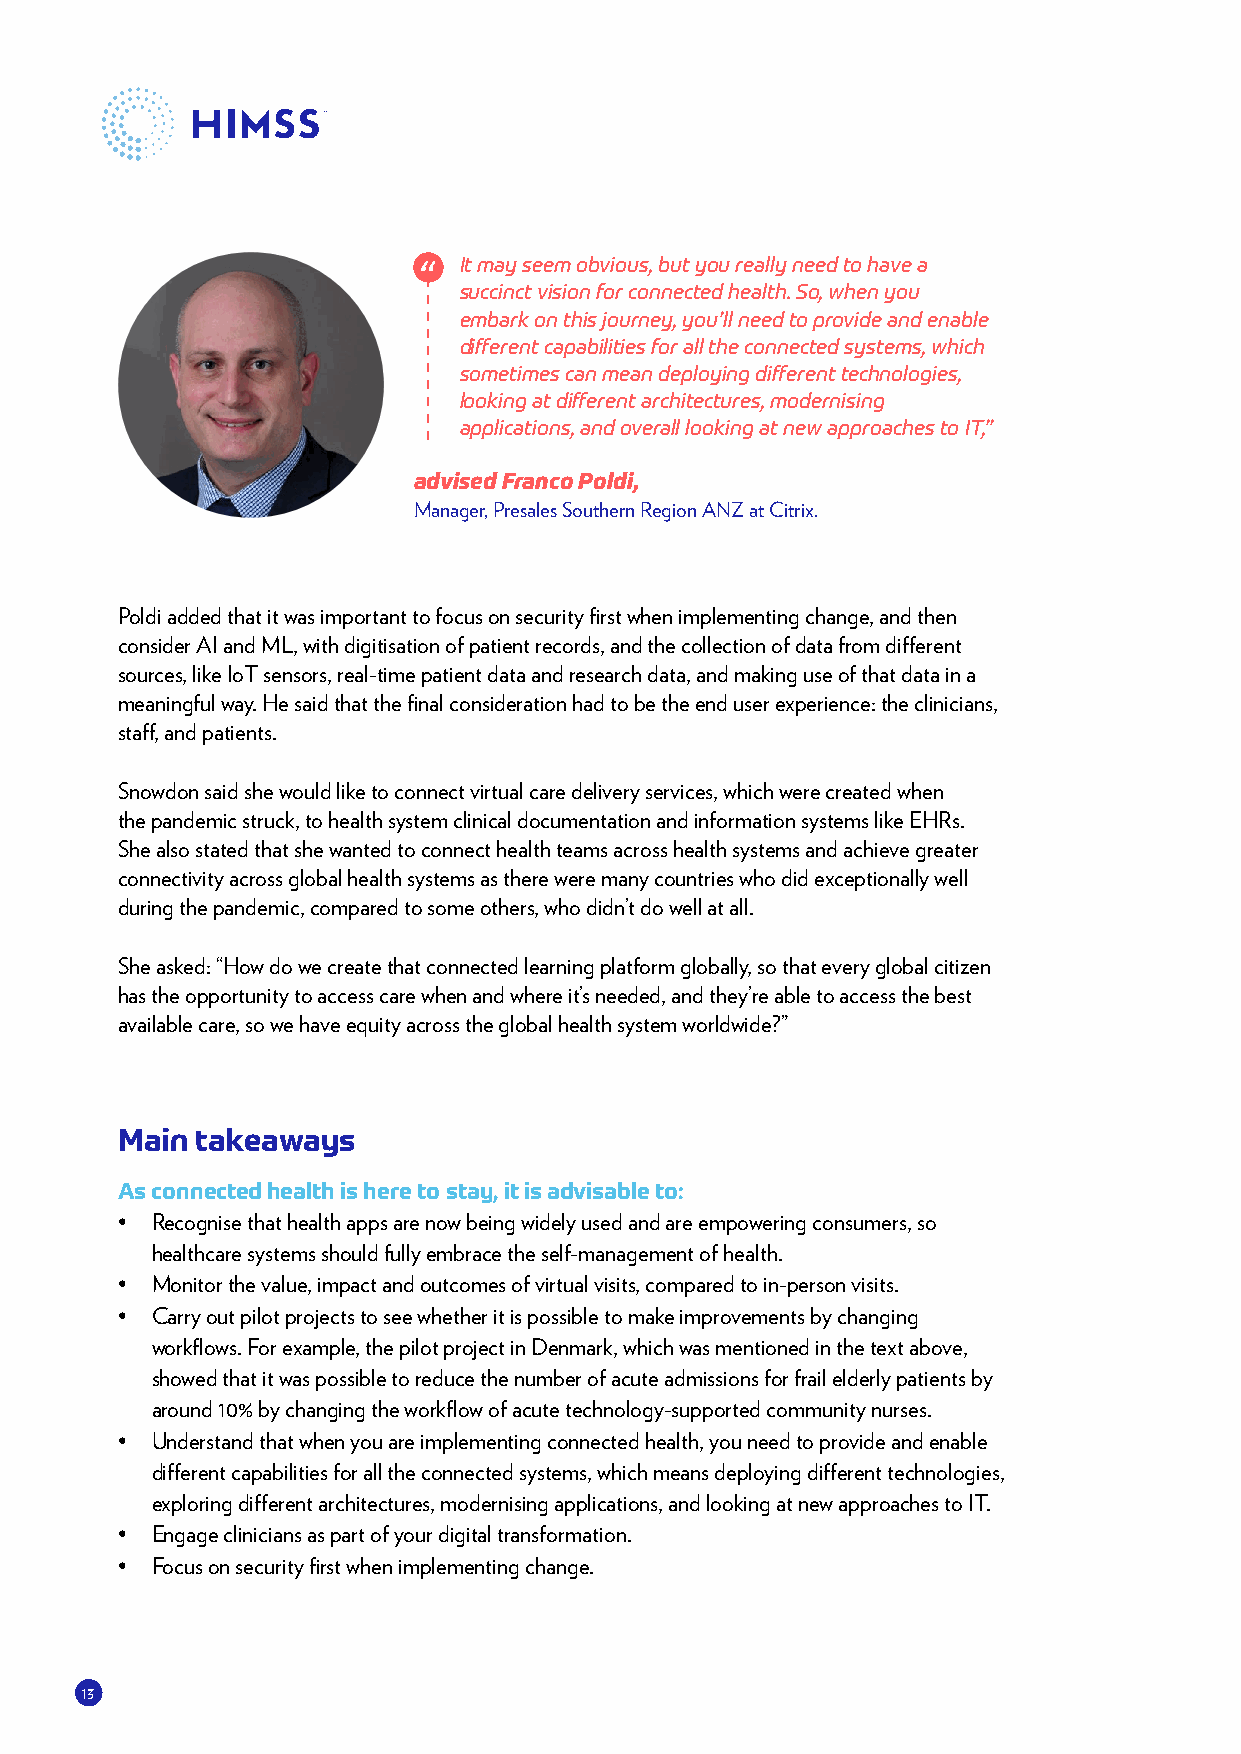
It may seem obvious, but you really need to have a
 succinct vision for connected health. So, when you
 embark on this journey, you’ll need to provide and enable
 different capabilities for all the connected systems, which
 sometimes can mean deploying different technologies,
 looking at different architectures, modernising
 applications, and overall looking at new approaches to IT,”
 advised Franco Poldi,
 Manager, Presales Southern Region ANZ at Citrix.
 Poldi added that it was important to focus on security first when implementing change, and then
 consider AI and ML, with digitisation of patient records, and the collection of data from different
 sources, like IoT sensors, real-time patient data and research data, and making use of that data in a
 meaningful way. He said that the final consideration had to be the end user experience: the clinicians,
 staff, and patients.
 Snowdon said she would like to connect virtual care delivery services, which were created when
 the pandemic struck, to health system clinical documentation and information systems like EHRs.
 She also stated that she wanted to connect health teams across health systems and achieve greater
 connectivity across global health systems as there were many countries who did exceptionally well
 during the pandemic, compared to some others, who didn’t do well at all.
 She asked: “How do we create that connected learning platform globally, so that every global citizen
 has the opportunity to access care when and where it’s needed, and they’re able to access the best
 available care, so we have equity across the global health system worldwide?”
 Main takeaways
 As connected health is here to stay, it is advisable to:
 • Recognise that health apps are now being widely used and are empowering consumers, so
 healthcare systems should fully embrace the self-management of health.
 • Monitor the value, impact and outcomes of virtual visits, compared to in-person visits.
 • Carry out pilot projects to see whether it is possible to make improvements by changing
 workflows. For example, the pilot project in Denmark, which was mentioned in the text above,
 showed that it was possible to reduce the number of acute admissions for frail elderly patients by
 around 10% by changing the workflow of acute technology-supported community nurses.
 • Understand that when you are implementing connected health, you need to provide and enable
 different capabilities for all the connected systems, which means deploying different technologies,
 exploring different architectures, modernising applications, and looking at new approaches to IT.
 • Engage clinicians as part of your digital transformation.
 • Focus on security first when implementing change.
 13